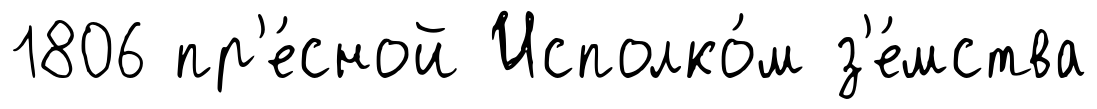
1806 пр'е́сной Исполко́м з'е́мства